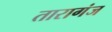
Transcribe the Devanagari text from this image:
तारागंज